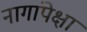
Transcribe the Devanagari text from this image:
नागांपेक्षा